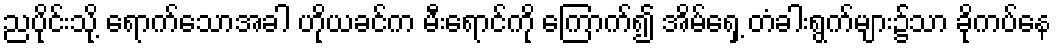
ညပိုင်းသို့ ရောက်သောအခါ ဟိုယခင်က မီးရောင်ကို ကြောက်၍ အိမ်ရှေ့ တံခါးရွက်များ၌သာ ခိုကပ်နေ